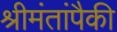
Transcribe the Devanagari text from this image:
श्रीमंतांपैकी